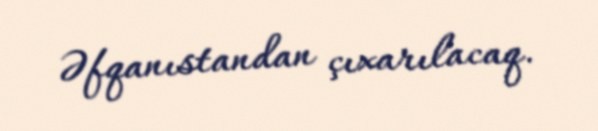
Əfqanıstandan çıxarılacaq.